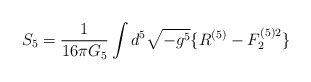
\begin{align*}S_5=\frac{1}{16\pi G_5}\int d^5\sqrt{-g^5}\{R^{(5)}-F_2^{(5)2}\}\end{align*}